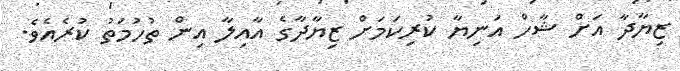
ޒިޔާދާ އަށް ޝާހް އަނިޔާ ކުރިކަމަށް ޒިޔާދާގެ އާއިލާ އިން ތުހުމަތު ކުރެއެވެ.